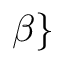
\beta \}